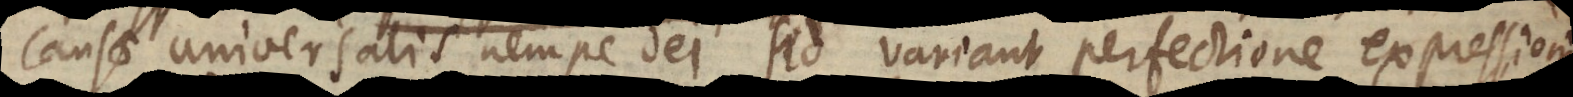
causae universalis, nempe Dei; sed variant perfectione expressionis